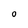
Character: O